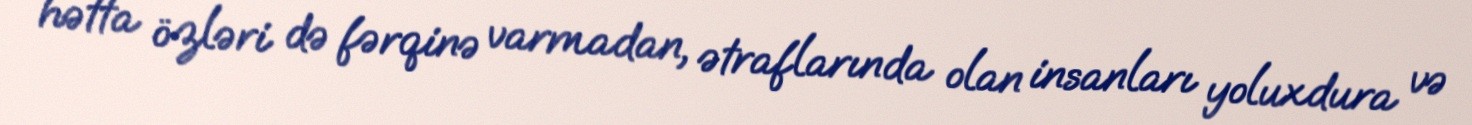
hətta özləri də fərqinə varmadan, ətraflarında olan insanları yoluxdura və